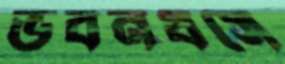
ভবনধসে